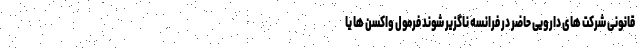
قانونی شرکت های دارویی حاضر در فرانسه ناگزیر شوند فرمول واکسن ها یا